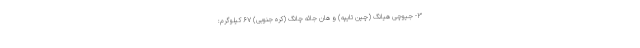
۳- جیوچی هیانگ (چین تایپه) و هان جائه چانگ (کره جنوبی) ۶۷ کیلوگرم: